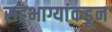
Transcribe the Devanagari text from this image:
सहभाग्यांकडून